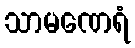
သာမဏေရံ